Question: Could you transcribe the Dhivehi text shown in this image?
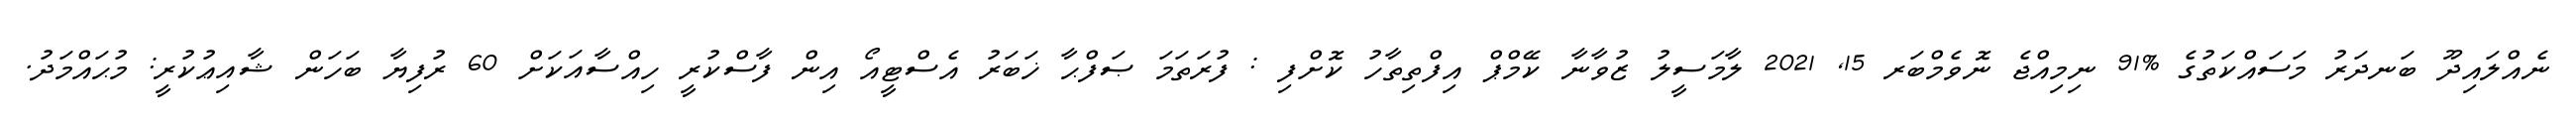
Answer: ނެއްލައިދޫ ބަނދަރު މަސައްކަތުގެ %91 ނިމިއްޖެ ނޮވެމްބަރ 15, 2021 ލާމަސީލު ޒުވާނާ ކޭމްޕް އިފްތިތާހު ކޮށްފި : ފުރަތަމަ ޞަފްޙާ ޚަބަރު އެސްޓީއޯ އިން ފާސްކުރީ ހިއްސާއަކަށް 60 ރުފިޔާ ބަހަން ޝާއިޢުކުރީ: މުޙައްމަދު.